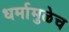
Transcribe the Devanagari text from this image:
धर्मामुळेच